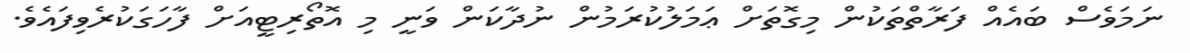
ނަމަވެސް ބައެއް ފަރާތްތަކުން މިގޮތަށް ޢަމަލުކުރަމުން ނުދާކަން ވަނީ މި އޮތޯރިޓީއަށް ފާހަގަކުރެވިފައެވެ.